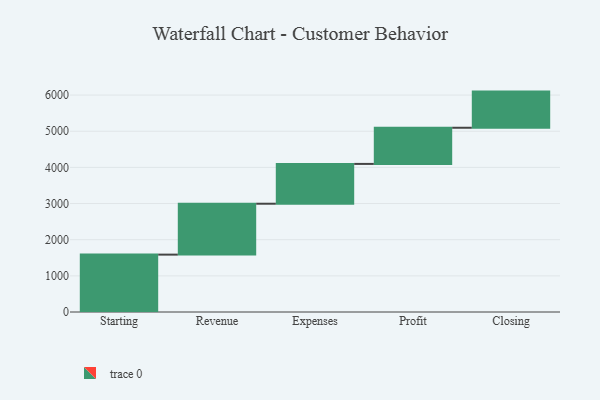
{"axis": {"x": "Step", "y": "Value"}, "legend": [""], "data": [{"x": "Starting", "y": 1587.0, "type": ""}, {"x": "Revenue", "y": 1408.0, "type": ""}, {"x": "Expenses", "y": 1101.0, "type": ""}, {"x": "Profit", "y": 1000, "type": ""}, {"x": "Closing", "y": 1000, "type": ""}]}